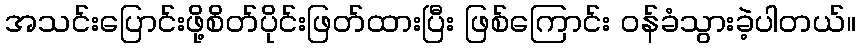
အသင်းပြောင်းဖို့စိတ်ပိုင်းဖြတ်ထားပြီး ဖြစ်ကြောင်း ဝန်ခံသွားခဲ့ပါတယ်။